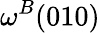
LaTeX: \omega^{B}(010)